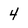
Character: 4